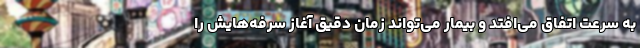
به سرعت اتفاق می‌افتد و بیمار می‌تواند زمان دقیق آغاز سرفه‌هایش را